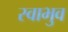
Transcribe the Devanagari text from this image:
स्वाभुव